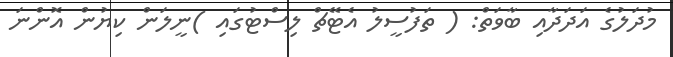
މުދަލުގެ އަދަދާއި ބާވަތް: ( ތަފުސީލު އެޓޭޗް ލިސްޓުގައި )ނީލަން ކިޔުން އޮންނަ